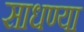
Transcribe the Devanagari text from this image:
साधण्या